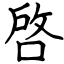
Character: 啓